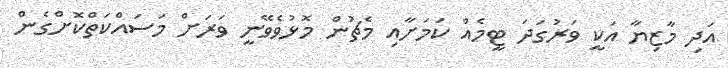
އަދި މާޒިޔާ އަކީ ވަރުގަދަ ޓީމެއް ކަމަށާއި މެޗުން މޮޅުވެވޭނީ ވަރަށް މަސައްކަތްކޮށްގެން